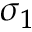
\sigma _ { 1 }